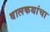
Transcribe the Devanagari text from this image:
बालकथांचा